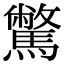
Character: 𩦉